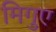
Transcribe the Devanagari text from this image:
मिगुए